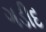
ગડીદ